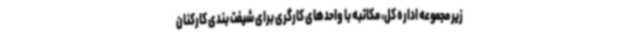
زیر مجموعه اداره کل، مکاتبه با واحدهای کارگری برای شیفت بندی کارکنان